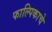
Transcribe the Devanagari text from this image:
फाल्पिकाचे